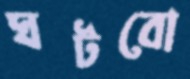
ঘটবো